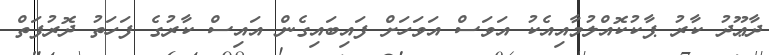
ދާޢޫދު ކާރު ޕާކުކޮއްލުމާއިއެކު އަވަސް އަވަހަށް ފައިބައިގެން އައިސް ކާރުގެ ފަހަތު ދޮރުފަތް